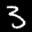
Label: 3